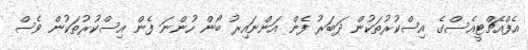
އެފްއެޗްޓީއެސްގެ އިސްކުރުތަކުން ދަބަރު ފެން އަންނައިރު ބޯން ހުންނަ ފެން އިސްކުރުތަކުން ވެސް